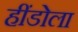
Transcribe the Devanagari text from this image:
हींडोला